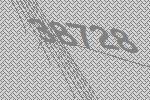
38728